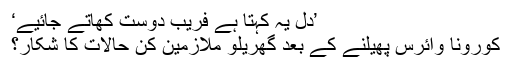
’دل یہ کہتا ہے فریب دوست کھاتے جائیے‘
کورونا وائرس پھیلنے کے بعد گھریلو ملازمین کن حالات کا شکار؟